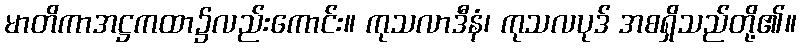
မာတိကာအဋ္ဌကထာ၌လည်းကောင်း။ ကုသလာဒီနံ၊ ကုသလပုဒ် အစရှိသည်တို့၏။